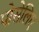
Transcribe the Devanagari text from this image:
पोसेलिए